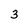
Character: 3